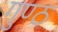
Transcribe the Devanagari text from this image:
गुण्ठ